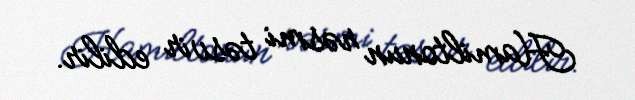
Hamiltonun rəsmi təsvir edilir.